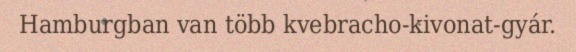
Hamburgban van több kvebracho-kivonat-gyár.